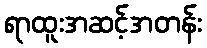
ရာထူးအဆင့်အတန်း